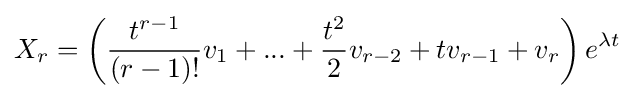
X_{r}=\left({\frac {t^{r-1}}{(r-1)!}}v_{1}+...+{\frac {t^{2}}{2}}v_{r-2}+tv_{r-1}+v_{r}\right)e^{\lambda t}